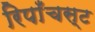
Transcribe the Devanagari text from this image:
रिपाँचस्ट